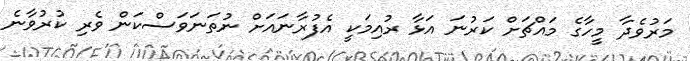
މަރުވެދާ މީހާގެ މައްޗަށް ކަރުނަ އަޅާ ރުއިމަކީ އެފުރާނައަށް ނުތަނަވަސްކަން ވެރި ކުރުވާނެ